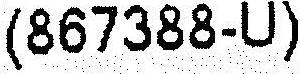
(867388-U)